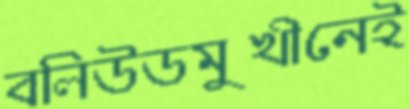
বলিউডমুখীনেই